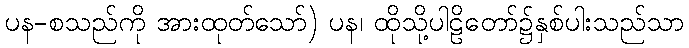
ပန-စသည်ကို အားထုတ်သော်) ပန၊ ထိုသို့ပါဠိတော်၌နှစ်ပါးသည်သာ